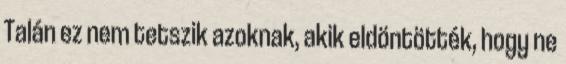
Talán ez nem tetszik azoknak, akik eldöntötték, hogy ne